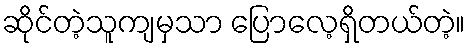
ဆိုင်တဲ့သူကျမှသာ ပြောလေ့ရှိတယ်တဲ့။